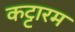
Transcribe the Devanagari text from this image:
कट्टारम